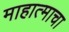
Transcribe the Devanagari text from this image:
माहात्माचा